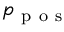
p _ { \mathrm { ~ p ~ o ~ s ~ } }